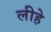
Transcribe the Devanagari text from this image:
लीहे